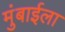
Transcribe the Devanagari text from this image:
मुंबाईला